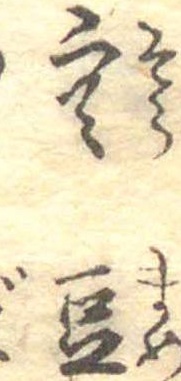
空豆